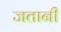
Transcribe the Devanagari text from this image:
जतानी